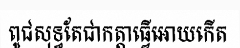
ពូជសុទ្ធតែជាកត្តាធ្វើអោយកើត